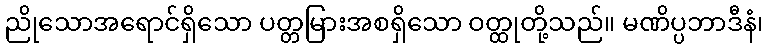
ညိုသောအရောင်ရှိသော ပတ္တမြားအစရှိသော ဝတ္ထုတို့သည်။ မဏိပ္ပဘာဒီနံ၊